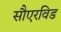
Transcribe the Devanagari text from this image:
सौएरविड